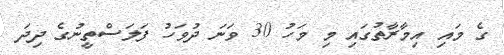
ގެ މައި އިމާރާތުގައި މި މަހު 30 ވަނަ ދުވަހު ފަލަސްތީނުގެ ދިދަ